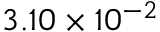
3 . 1 0 \times 1 0 ^ { - 2 }